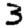
Digit: 3